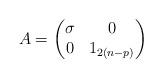
LaTeX: \begin{align*}A = \begin{pmatrix}\sigma & 0 \\0 & 1_{2(n-p)}\end{pmatrix}\end{align*}